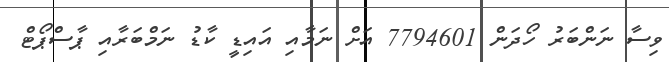
ވިސާ ނަންބަރު ހޯދަން 7794601 އަށް ނަމާއި އައިޑީ ކާޑު ނަމްބަރާއި ޕާސްޕޯޓް